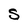
Character: S